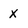
Character: X